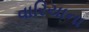
વારિયાના